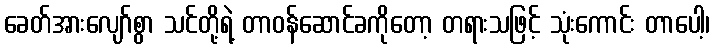
ခေတ်အားလျော်စွာ သင်တို့ရဲ့ တာဝန်ဆောင်ခကိုတော့ တရားသဖြင့် သုံးကောင်း တာပေါ့၊